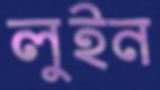
লুইন